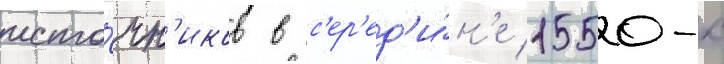
исто́чн'иков в с'ер'ед'и́н'е 1550-х